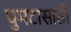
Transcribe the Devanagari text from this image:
घुमटासाठी